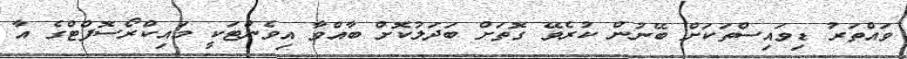
ވައްތަރު ޑިވައިސްތަކަށް ބޭނުން ކުރެވޭ ގޮތަށް ބަދަލުކޮށް ބާއްވާ އިވެންޓަކީ މައިކްރޯސޮފްޓްގެ އާ